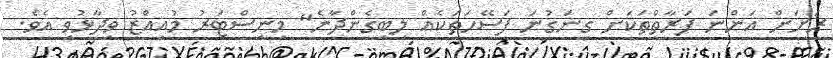
ރަށަށް އަންނަ ފަރާތްތަކަށް ގިނަގުނަ ފަސޭހަތަކެއް ލިބިގެންދާނެ" މިނިސްޓަރު މުއިއްޒު ވިދާޅުވި އެވެ.